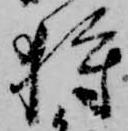
狩